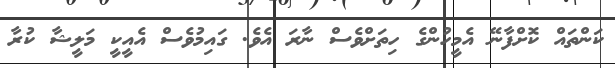
ކަންތައް ކޮށްފާނޭ އެމީހުންގެ ހިތަށްވެސް ނާރަ އެވެ. ގައިމުވެސް އެއީކީ މަލީޝާ ކުރާ